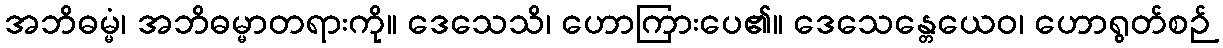
အဘိဓမ္မံ၊ အဘိဓမ္မာတရားကို။ ဒေသေသိ၊ ဟောကြားပေ၏။ ဒေသေန္တေယေဝ၊ ဟောရွတ်စဉ်